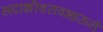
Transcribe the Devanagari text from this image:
सदाशीवरावभाऊने